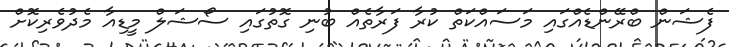
ފެޝަން ބްރޭންޑެއްގައި މަސައްކަތް ކުރާ ފަރާތެއް ބުނި ގޮތުގައި ސޯޝަލް މީޑިއާ މެދުވެރިކޮށް